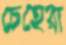
চেহেরা